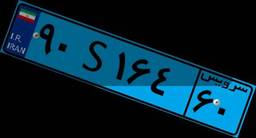
۹۰S۱۶۴۶۰